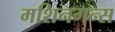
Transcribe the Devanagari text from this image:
मशिनगन्स